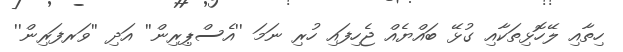
ހިތާއި ލޭހޮޅިތަކާއި ގުޅޭ ބައްޔެއް ޖެހިފައި ހުރި ނަމަ ''އެސްޕިރިން'' އަދި ''ވަރފަރިން''